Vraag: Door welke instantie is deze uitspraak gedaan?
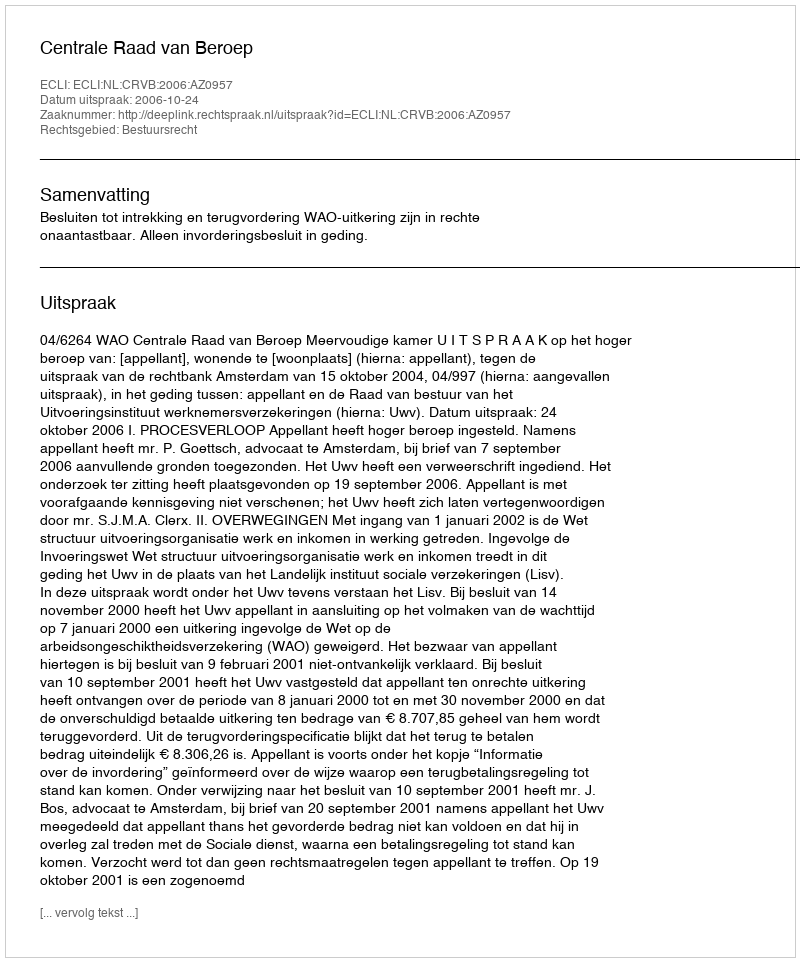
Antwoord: Centrale Raad van Beroep